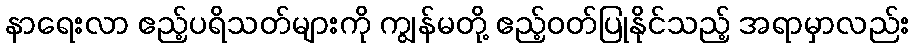
နာရေးလာ ဧည့်ပရိသတ်များကို ကျွန်မတို့ ဧည့်ဝတ်ပြုနိုင်သည့် အရာမှာလည်း